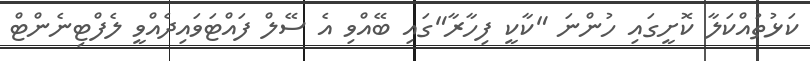
ކަޅުތުއްކަލާ ކޮށީގައި ހުންނަ "ކާކީ ފިހާރާ"ގައި ބޭއްވި އެ ސޭލް ފައްޓަވައިދެއްވީ ލެފްޓިނެންޓް